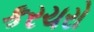
કરચરો